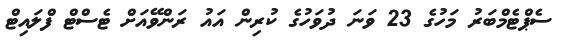
ސެޕްޓެމްބަރު މަހުގެ 23 ވަނަ ދުވަހުގެ ކުރިން އައު ރަންވޭއަށް ޓެސްޓް ފްލައިޓް